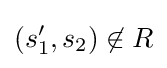
(s_{1}',s_{2})\not \in R